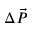
\Delta \vec { P }